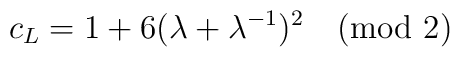
c_L=1+6(\lambda+\lambda^{-1})^2\pmod 2